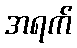
အရက်